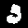
Digit: 3